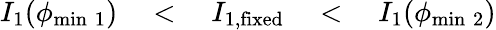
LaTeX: I_{1}(\phi_{\mathrm{{min}\; 1}})\quad<\quad I_{1,\mathrm{fixed}}\quad<\quad I_{1}(\phi_{\mathrm{{min}\; 2}})